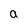
Character: a